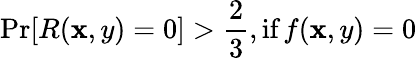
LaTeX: \operatorname*{Pr}[R(\mathbf{x},y)=0]>{\frac{{2}}{{3}}},{\textrm{{if}}}\, f(\mathbf{x},y)=0